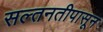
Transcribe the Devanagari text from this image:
सल्तनतीपासून